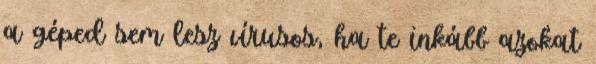
a géped sem lesz vírusos, ha te inkább azokat